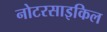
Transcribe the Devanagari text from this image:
नोटरसाइकिल